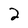
Character: 2